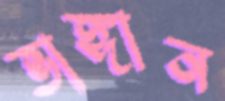
ভাঙ্গান